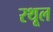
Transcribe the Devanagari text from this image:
रथूल